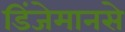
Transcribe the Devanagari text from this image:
डिंजेमानसे